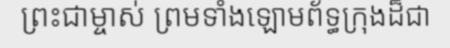
ព្រះជាម្ចាស់ ព្រមទាំងឡោមព័ទ្ធក្រុងដ៏ជា